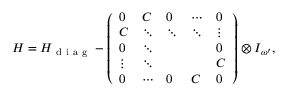
H = H _ { \mathrm { ~ d ~ i ~ a ~ g ~ } } - \left( \begin{array} { l l l l l } { 0 } & { C } & { 0 } & { \cdots } & { 0 } \\ { C } & { \ddots } & { \ddots } & { \ddots } & { \vdots } \\ { 0 } & { \ddots } & { } & { } & { 0 } \\ { \vdots } & { \ddots } & { } & { } & { C } \\ { 0 } & { \cdots } & { 0 } & { C } & { 0 } \end{array} \right) \otimes I _ { \omega ^ { \prime } } ,